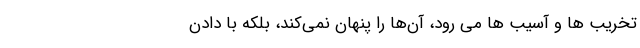
تخریب ‌ها و آسیب‌ ها می ‌رود، آن‌ها را پنهان نمی‌کند، بلکه با دادنِ